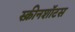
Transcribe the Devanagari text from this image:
स्क्रीनशॉटस